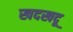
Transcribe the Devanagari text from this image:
खदखदू